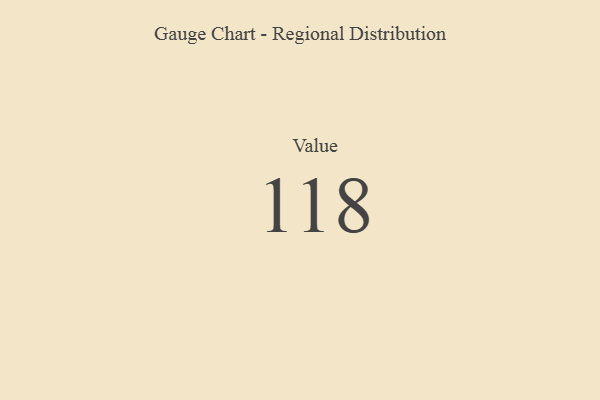
{"axis": {"x": "Metric", "y": "Value"}, "legend": [""], "data": [{"x": "Value", "y": 118, "type": ""}]}